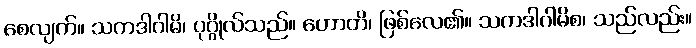
စေလျက်။ သကဒါဂါမိ၊ ပုဂ္ဂိုလ်သည်။ ဟောတိ၊ ဖြစ်လေ၏။ သကဒါဂါမိစ၊ သည်လည်း။